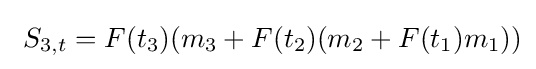
\ S_{3,t}=F(t_{3})(m_{3}+F(t_{2})(m_{2}+F(t_{1})m_{1}))